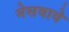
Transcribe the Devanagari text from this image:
नेसवावे